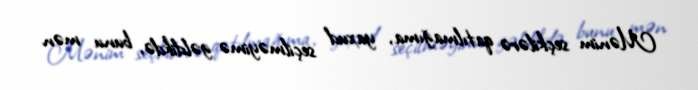
Mənim seçkilərə qatılmağıma, yaxud seçilməyimə gəldikdə, bunu mən